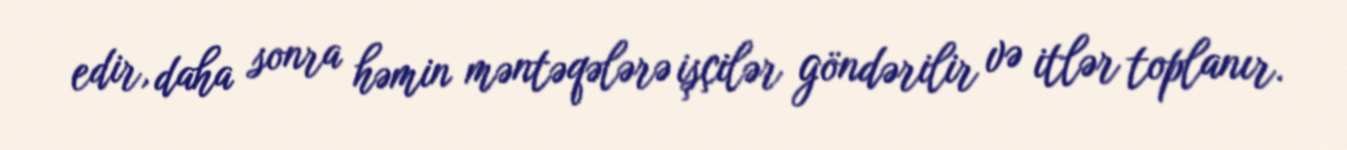
edir, daha sonra həmin məntəqələrə işçilər göndərilir və itlər toplanır.